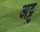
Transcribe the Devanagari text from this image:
अट्टु